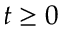
t \geq 0